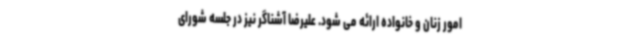
امور زنان و خانواده ارائه می شود. علیرضا آشناگر نیز در جلسه شورای